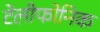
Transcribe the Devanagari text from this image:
टेलीफोनिक